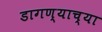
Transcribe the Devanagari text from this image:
डागण्याच्या